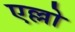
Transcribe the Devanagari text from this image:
एल्लो